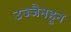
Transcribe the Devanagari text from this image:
उज्जैनहून